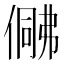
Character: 𠍟